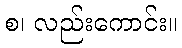
စ၊ လည်းကောင်း။